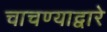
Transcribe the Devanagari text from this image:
चाचण्याद्वारे